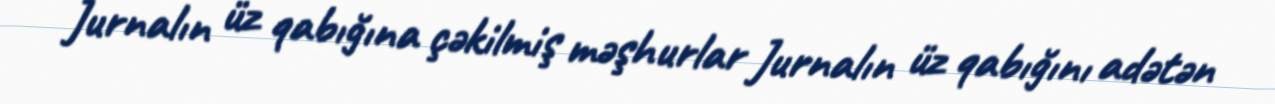
Jurnalın üz qabığına çəkilmiş məşhurlar Jurnalın üz qabığını adətən